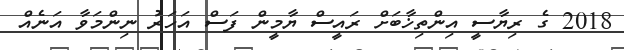
2018 ގެ ރިޔާސީ އިންތިޚާބަށް ރައީސް ޔާމީން ފަސް އަހަރު ނިންމަވާ އަނެއް